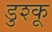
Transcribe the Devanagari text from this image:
डुश्कू